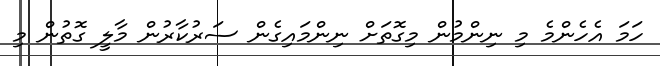
ހަމަ އެހެންމެ މި ނިންމުން މިގޮތަށް ނިންމައިގެން ސަރުކާރުން މާލީ ގޮތުން މި